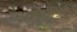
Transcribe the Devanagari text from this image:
जोगेशचंद्र